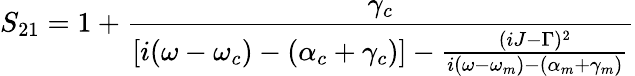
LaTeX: S_{21}=1+\frac{\gamma_{c}}{[i(\omega-\omega_{c})-(\alpha_{c}+\gamma_{c})]-\frac{(iJ-\Gamma)^{2}}{i(\omega-\omega_{m})-(\alpha_{m}+\gamma_{m})}}